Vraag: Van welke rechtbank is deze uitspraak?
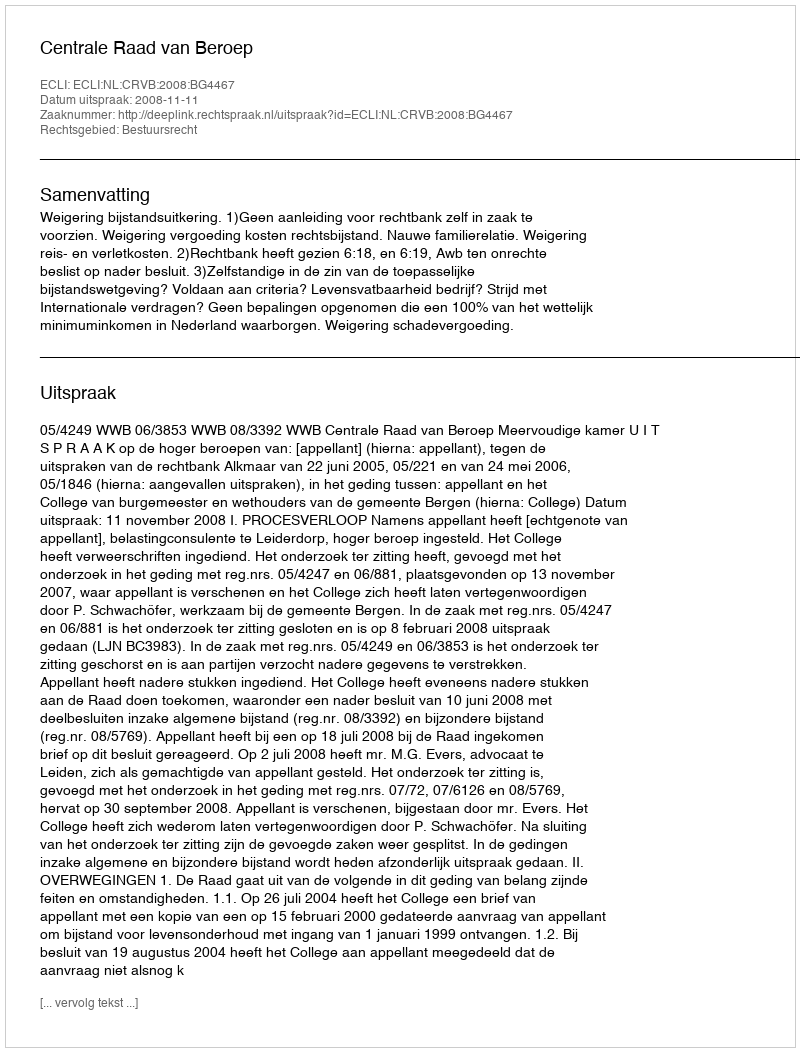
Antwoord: Centrale Raad van Beroep